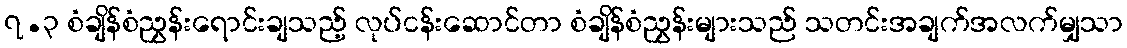
၇.၃ စံချိန်စံညွှန်းရောင်းချသည့် လုပ်ငန်းဆောင်တာ စံချိန်စံညွှန်းများသည် သတင်းအချက်အလက်မျှသာ